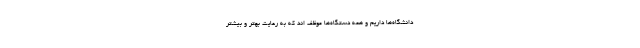
دانشگاه‌ها داریم و همه دستگاه‌ها موظف اند که به رعایت بهتر و بیشتر